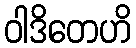
ဝါဒိတေဟိ